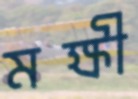
মক্ষী